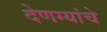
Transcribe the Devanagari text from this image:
देणग्यांचे